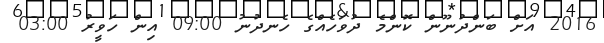
2016 އަށް ބަންދުނޫން ކޮންމެ ދުވަހެއްގެ ހެނދުނު 09:00 އިން ހަވީރު 03:00